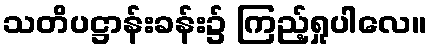
သတိပဋ္ဌာန်းခန်း၌ ကြည့်ရှုပါလေ။